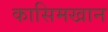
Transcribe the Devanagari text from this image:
कासिमखान